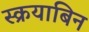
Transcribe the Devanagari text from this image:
स्क्रयाबिन